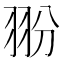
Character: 翂